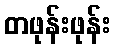
တဖုန်းဖုန်း